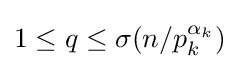
1\leq q\leq \sigma (n/p_{k}^{\alpha _{k}})